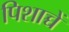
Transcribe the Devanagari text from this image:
पिशाच्चें